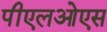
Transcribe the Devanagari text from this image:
पीएलओएस